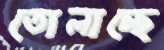
তোলাচ্ছে